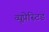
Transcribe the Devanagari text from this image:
व्यूप्रेस्टिड